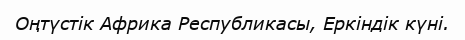
Оңтүстік Африка Республикасы, Еркіндік күні.